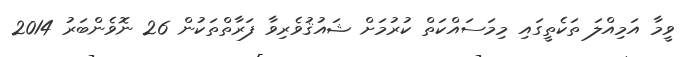
ވީމާ އަމިއްލަ ތަކެތީގައި މިމަސައްކަތް ކުރުމަށް ޝައުޤުވެރިވާ ފަރާތްތަކުން 26 ނޮވެންބަރު 2014